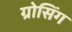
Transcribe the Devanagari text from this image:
ग्रोसिंग